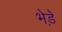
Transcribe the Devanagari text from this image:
भेडे़